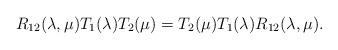
LaTeX: \begin{align*} R_{12}(\lambda,\mu) T_1(\lambda) T_2 (\mu) = T_2 (\mu) T_1(\lambda) R_{12}(\lambda,\mu).\end{align*}